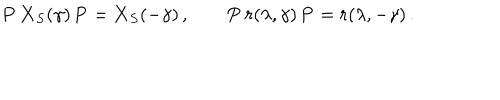
{ \bf P } \, { \bf X } _ { S } ( \gamma ) \, { \bf P } = { \bf X } _ { S } ( - \gamma ) \, , \qquad { \bf P } \, r ( \lambda , \gamma ) \, { \bf P } = r ( \lambda , - \gamma ) \, .